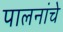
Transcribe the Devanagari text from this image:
पालनांचे